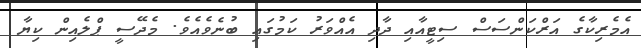
އެމެރިކާގެ އަރްކަންސަސް ސިޓީއާއި ދާދި އެއްވަރު ކަމުގައި ބުނެވެއެވެ. މެދޭސީ ޕްލެއިން ކިޔާ